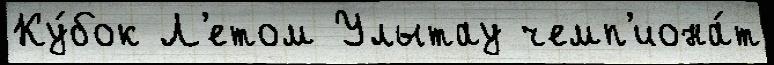
Ку́бок Л'етом Улытау чемп'иона́т